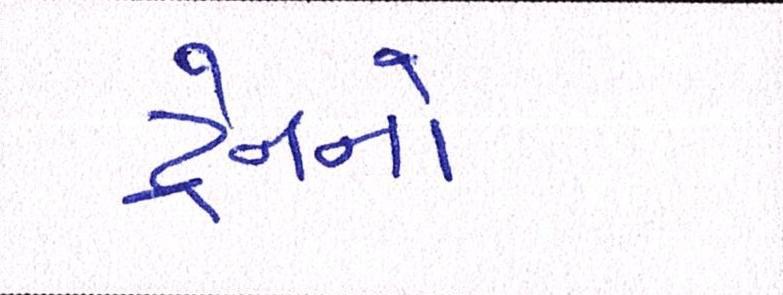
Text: ટ્રેનનો